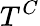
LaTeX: T^{C}